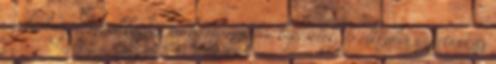
szabadságot, mindeközben turbó üzemmódra kapcsolok, és elkezdem gyártani az